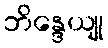
ဘိန္ဒေယျု